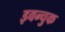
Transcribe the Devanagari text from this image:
इवन्चुक